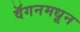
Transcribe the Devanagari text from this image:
वॅगनमधून